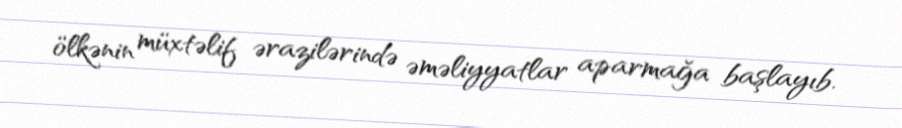
ölkənin müxtəlif ərazilərində əməliyyatlar aparmağa başlayıb.